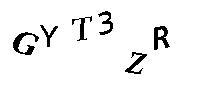
GYT4ZR